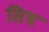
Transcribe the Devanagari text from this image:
सिघ